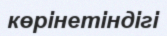
көрінетіндігі